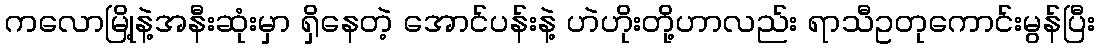
ကလောမြို့နဲ့အနီးဆုံးမှာ ရှိနေတဲ့ အောင်ပန်းနဲ့ ဟဲဟိုးတို့ဟာလည်း ရာသီဥတုကောင်းမွန်ပြီး